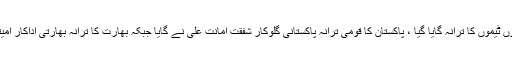
میچ سے قبل دونوں ٹیموں کا ترانہ گایا گیا ، پاکستان کا قومی ترانہ پاکستانی گلوکار شفقت امانت علی نے گایا جبکہ بھارت کا ترانہ بھارتی اداکار امیتابھ بچن نے گایا۔